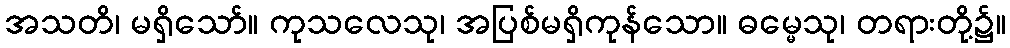
အသတိ၊ မရှိသော်။ ကုသလေသု၊ အပြစ်မရှိကုန်သော။ ဓမ္မေသု၊ တရားတို့၌။